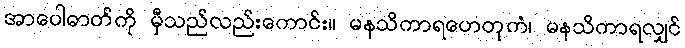
အာပေါဓာတ်ကို မှီသည်လည်းကောင်း။ မနသိကာရဟေတုကံ၊ မနသိကာရလျှင်